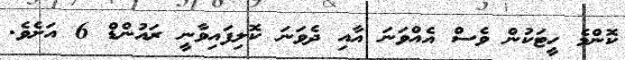
ކޮންމެ ހީޓަކުން ވެސް އެއްވަނަ އާއި ދެވަނަ ކޮލިފައިވާނީ ރައުންޑް 6 އަށެވެ.